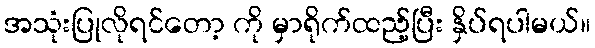
အသုံးပြုလိုရင်တော့ ကို မှာရိုက်ထည့်ပြီး နှိပ်ရပါမယ်။